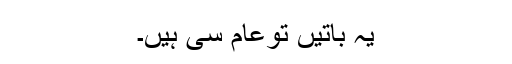
یہ باتیں توعام سی ہیں۔